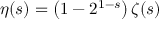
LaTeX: \eta ( s ) = \left( 1 - 2 ^ { 1 - s } \right) \zeta ( s )